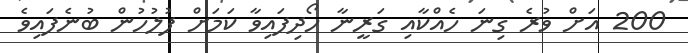
200 އަށް ވުރެ ގިނަ ހެއްކާއި ގަރީނާ ހޯދިފައިވާ ކަމަށް ފުލުހުން ބުނެފައިވެ